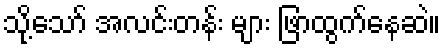
သို့သော် အလင်းတန်း များ ဖြာထွက်နေဆဲ။